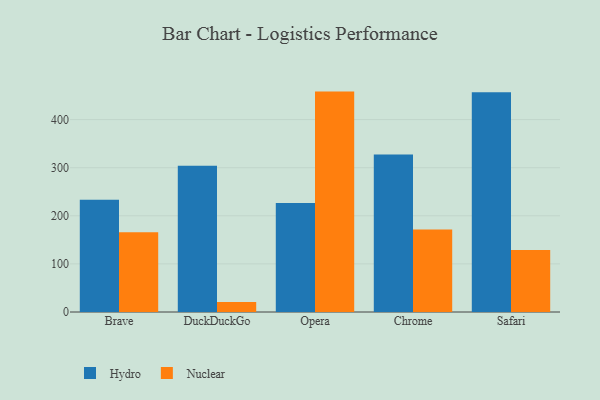
{"axis": {"x": "Browser", "y": "Market Share (%)"}, "legend": ["Hydro", "Nuclear"], "data": [{"x": "Brave", "y": 233.3, "type": "Hydro"}, {"x": "Brave", "y": 165.9, "type": "Nuclear"}, {"x": "DuckDuckGo", "y": 304.1, "type": "Hydro"}, {"x": "DuckDuckGo", "y": 20.6, "type": "Nuclear"}, {"x": "Opera", "y": 226.8, "type": "Hydro"}, {"x": "Opera", "y": 458.2, "type": "Nuclear"}, {"x": "Chrome", "y": 327.5, "type": "Hydro"}, {"x": "Chrome", "y": 171.4, "type": "Nuclear"}, {"x": "Safari", "y": 456.9, "type": "Hydro"}, {"x": "Safari", "y": 128.8, "type": "Nuclear"}]}